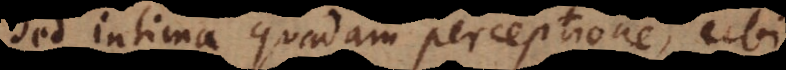
sed intima quadam perceptione, ubi